Annual report of the Punjab Veterinary College and of the Civil Veterinary Department, Punjab - 1894-1908
Year: 1894
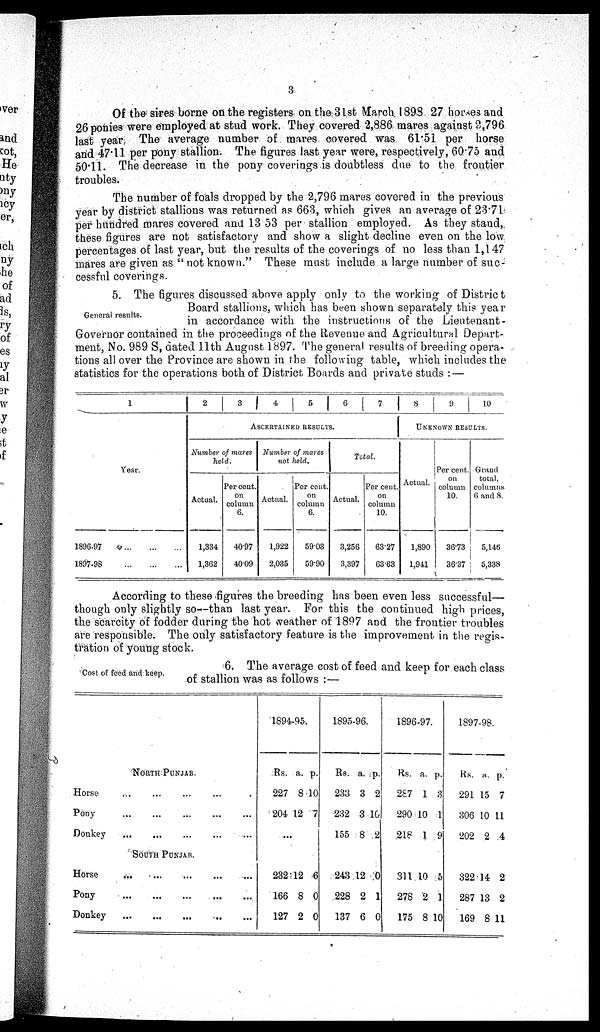
3
Of the sires borne on the registers on the 31st March 1898 27 horses and
26 ponies were employed at stud work. They covered 2,886 mares against 2,796
last year. The average number of mares covered was 61.51 per horse
and 47.11 per pony stallion. The figures last year were, respectively, 60.75 and
50.11. The decrease in the pony coverings is doubtless due to the frontier
troubles.
The number of foals dropped by the 2,796 mares covered in the previous
year by district stallions was returned as 663, which gives an average of 23.71
per hundred mares covered and 13 53 per stallion employed. As they stand,
these figures are not satisfactory and show a slight decline even on the low
percentages of last year, but the results of the coverings of no less than 1,147
mares are given as " not known." These must include a large number of suc-
cessful coverings.
General results.
5. The figures discussed above apply only to the working of District
Board stallions, which has been shown separately this year
in accordance with the instructions of the Lieutenant-
Governor contained in the proceedings of the Revenue and Agricultural Depart-
ment, No. 989 S, dated 11th August 1897. The general results of breeding opera-
tions all over the Province are shown in the following table, which includes the
statistics for the operations both of District Boards and private studs : —
1
Year.
1896-97
...
...
...
1897-98
...
...
...
2
3
4
5
6
7
ASCERTAINED RESULTS.
Number of mares
held.
Actual.
1,334
1,362
Per cent.
on
column
6.
40.97
40.09
Number of mares
not held.
Actual.
1,922
2,035
Per cent.
on
column
6.
59.03
59.90
Total.
Actual.
3,256
3,397
Per cent.
on
column
10.
63.27
63.63
8
9
10
UNKNOWN RESULTS.
Actual.
1,890
1,941
Per cent.
on
column
10.
36.73
36.37
Grand
total,
columns
6 and 8.
5,146
5,338
According to these figures the breeding has been even less successful—
though only slightly so—than last year. For this the continued high prices,
the scarcity of fodder during the hot weather of 1897 and the frontier troubles
are responsible. The only satisfactory feature is the improvement in the regis-
tration of young stock.
Cost of feed and keep.
6. The average cost of feed and keep for each class
of stallion was as follows :—
NORTH PUNJAB.
Horse...
...
...
....
Pony...
...
...
...
...
Donkey
...
...
...
...
...
SOUTH PUNJAB.
Horse
...
...
...
...
...
Pony
...
...
...
...
...
Donkey
...
...
...
...
...
1894-95.
Rs.
227
204
a.
8
12
p.
10
7
...
232
166
127
12
8
2
6
0
0
1895-96.
Rs.
233
232
155
a.
3
3
8
p.
2
10
2
243
228
137
12
2
6
0
1
0
1896-97.
Rs.
287
290
218
a.
1
10
1
p.
3
1
9
311
278
175
10
2
8
5
1
10
1897-98.
Rs.
291
306
202
a.
15
10
2
p.
7
11
4
322
287
169
14
13
8
2
2
11